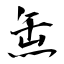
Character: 缹